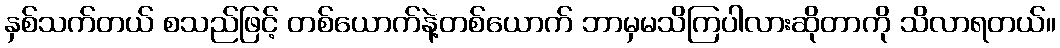
နှစ်သက်တယ် စသည်ဖြင့် တစ်ယောက်နဲ့တစ်ယောက် ဘာမှမသိကြပါလားဆိုတာကို သိလာရတယ်။